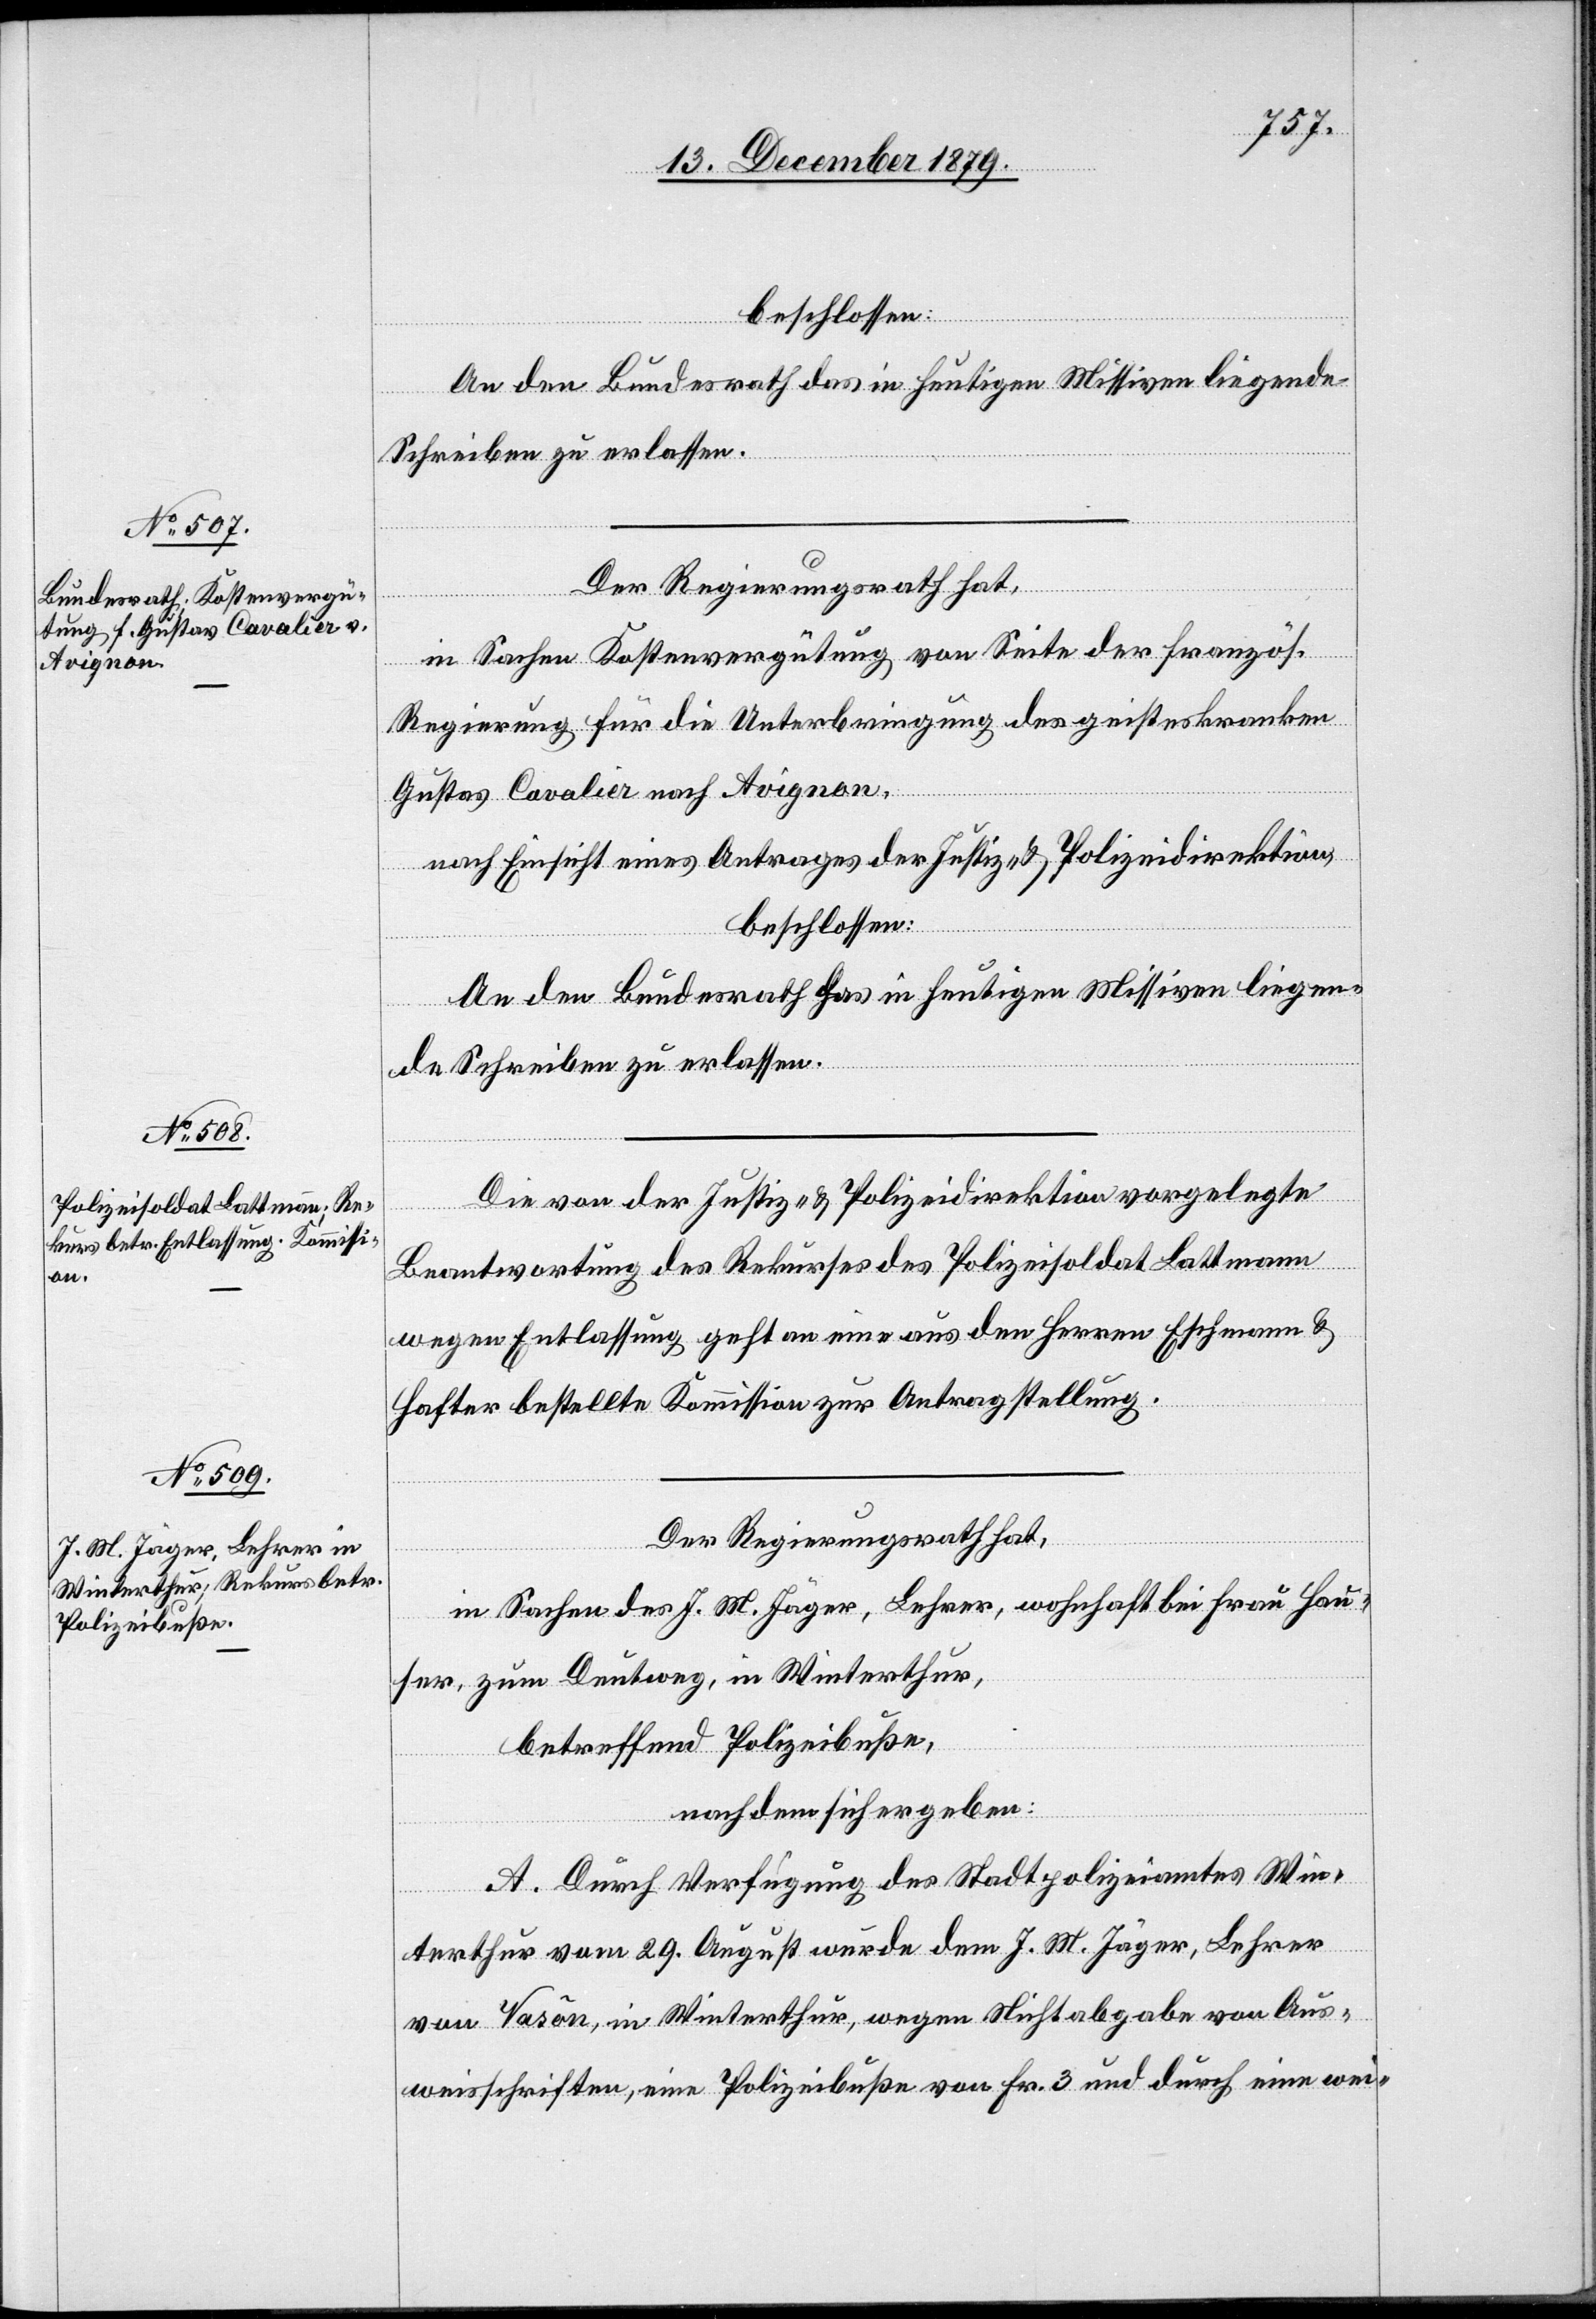
beschlossen:
An den Bundesrath das in heutigen Missiven liegende
Schreiben zu erlassen.
Der Regierungsrath hat,
in Sachen Kostenvergütung von Seite der französ.
Regierung für die Unterbringung des geisteskranken
Gustav Cavalier nach Avignon,
nach Einsicht eines Antrages der Justiz- & Polizeidirektion,
Die von der Justiz- & Polizeidirektion vorgelegte
Beantwortung des Rekurses des Polizeisoldat Lattmann
wegen Entlassung geht an eine aus den Herren Eschmann &
Hafter bestellte Kommission zur Antragstellung.
Der Regierungsrath hat,
in Sachen des J. M. Jäger, Lehrer, wohnhaft bei Frau Hau¬
ser, zum Deutweg, in Winterthur,
betreffend Polizeibuße,
nachdem sich ergeben:
A. Durch Verfügung des Stadtpolizeiamtes Win¬
terthur vom 29. August wurde dem J. M. Jäger, Lehrer
von Vasôn, in Winterthur, wegen Nichtabgabe von Aus¬
weisschriften, eine Polizeibuße von Fr. 3 und durch eine wei-